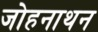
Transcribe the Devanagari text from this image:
जोहनाथन